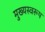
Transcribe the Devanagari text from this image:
मुख्यस्वरूप